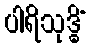
ပါရိသုဒ္ဓိံ